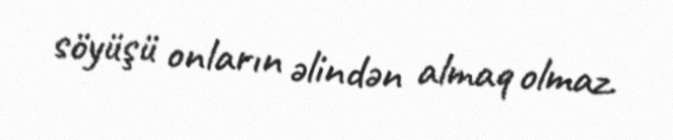
söyüşü onların əlindən almaq olmaz.